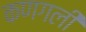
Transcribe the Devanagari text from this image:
कणगली